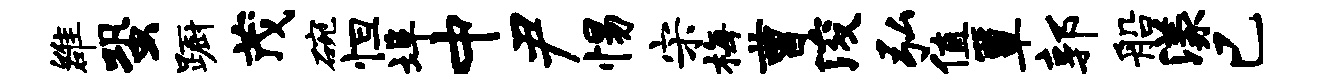
雒蛩蹰茂碗怛埠中尹惕宋梅曹浚弘值簟郭船漾已